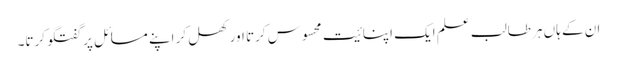
ان کے ہاں ہر طالب علم ایک اپنائیت محسوس کرتا اور کھل کر اپنے مسائل پر گفتگو کرتا۔